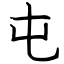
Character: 屯